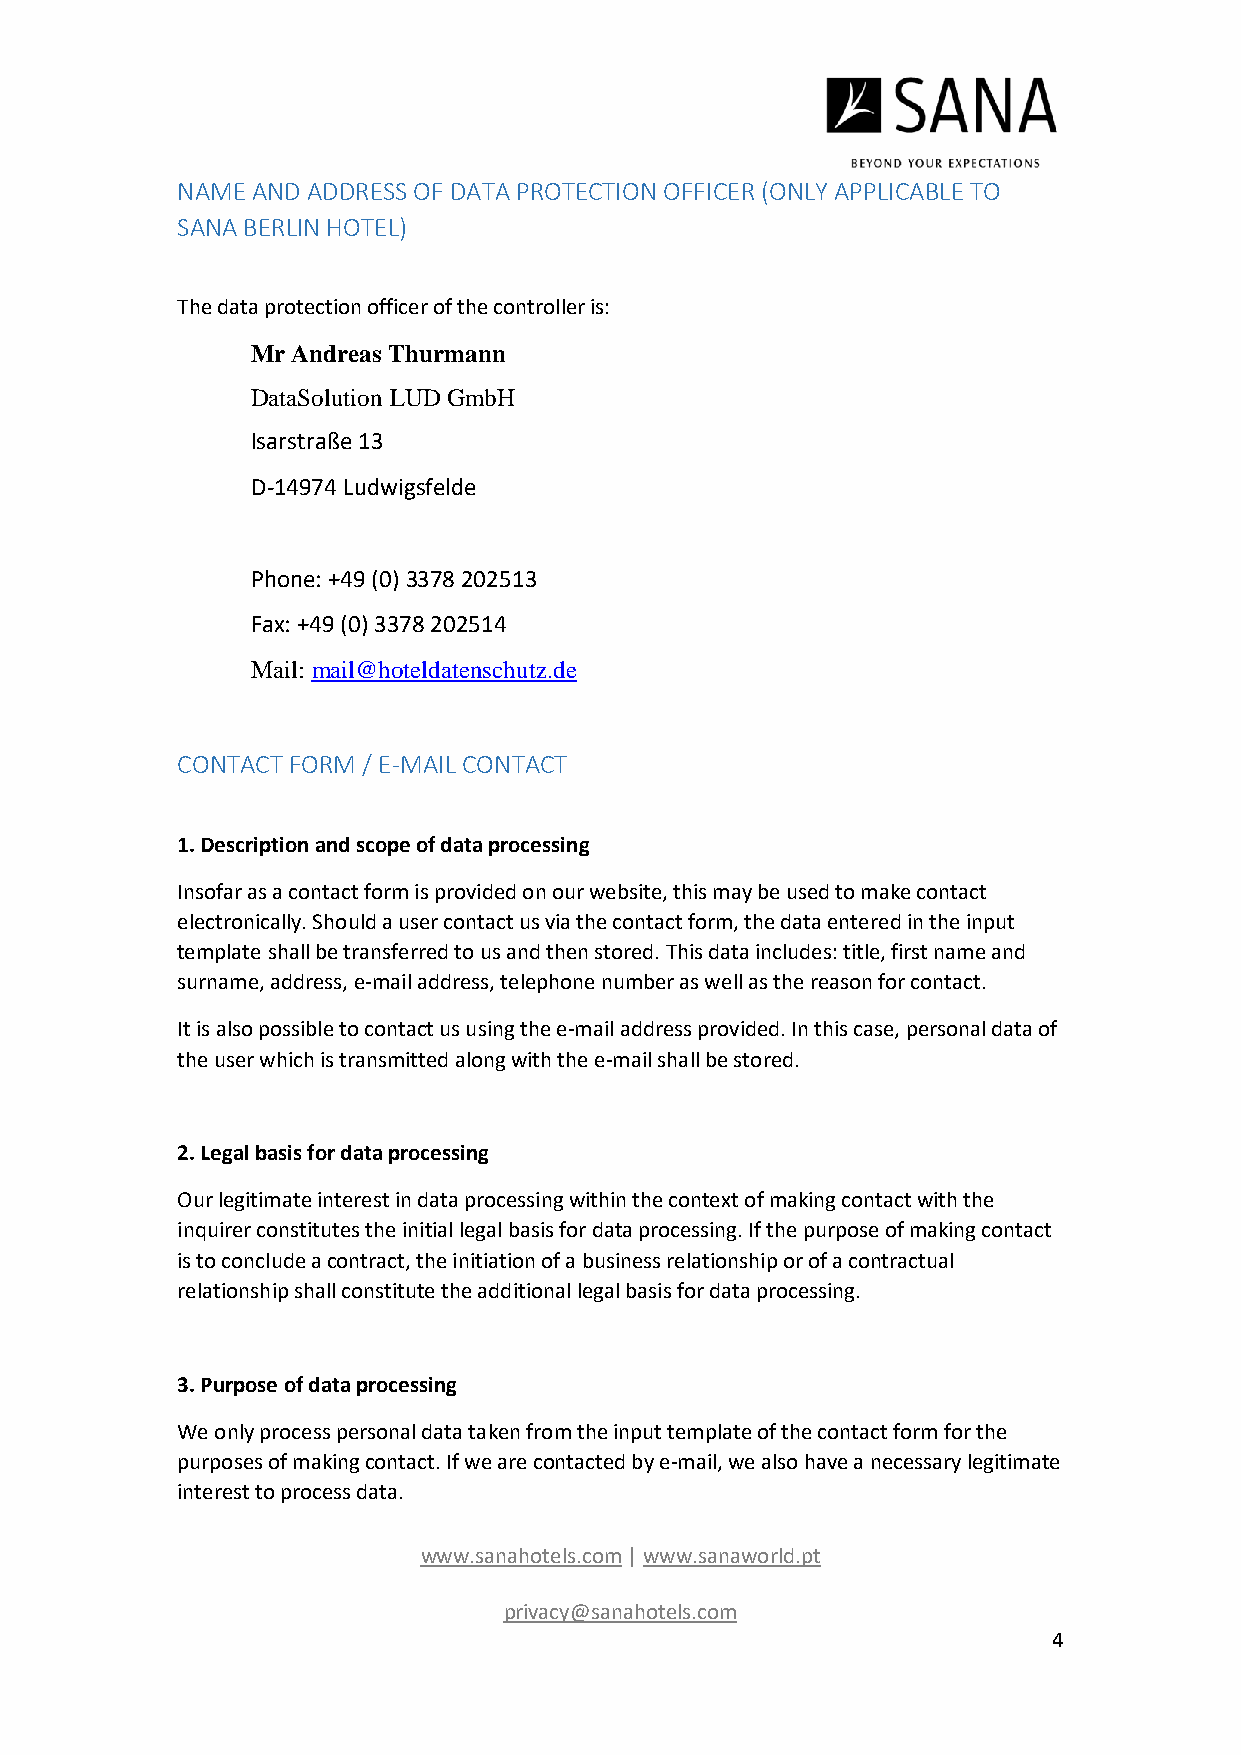
NAME AND ADDRESS OF DATA PROTECTION OFFICER (ONLY APPLICABLE TO
 SANA BERLIN HOTEL)
 The data protection officer of the controller is:
 Mr Andreas Thurmann
 DataSolution LUD GmbH
 Isarstraße 13
 D-14974 Ludwigsfelde
 Phone: +49 (0) 3378 202513
 Fax: +49 (0) 3378 202514
 Mail: mail@hoteldatenschutz.de
 CONTACT FORM / E-MAIL CONTACT
 1. Description and scope of data processing
 Insofar as a contact form is provided on our website, this may be used to make contact
 electronically. Should a user contact us via the contact form, the data entered in the input
 template shall be transferred to us and then stored. This data includes: title, first name and
 surname, address, e-mail address, telephone number as well as the reason for contact.
 It is also possible to contact us using the e-mail address provided. In this case, personal data of
 the user which is transmitted along with the e-mail shall be stored.
 2. Legal basis for data processing
 Our legitimate interest in data processing within the context of making contact with the
 inquirer constitutes the initial legal basis for data processing. If the purpose of making contact
 is to conclude a contract, the initiation of a business relationship or of a contractual
 relationship shall constitute the additional legal basis for data processing.
 3. Purpose of data processing
 We only process personal data taken from the input template of the contact form for the
 purposes of making contact. If we are contacted by e-mail, we also have a necessary legitimate
 interest to process data.
 www.sanahotels.com | www.sanaworld.pt
 privacy@sanahotels.com
 4